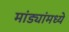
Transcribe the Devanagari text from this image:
मांड्यांमध्ये